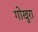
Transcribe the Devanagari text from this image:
गोखुरा